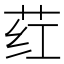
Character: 荭